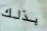
بذلك